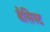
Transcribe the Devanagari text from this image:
बैसिस्ट